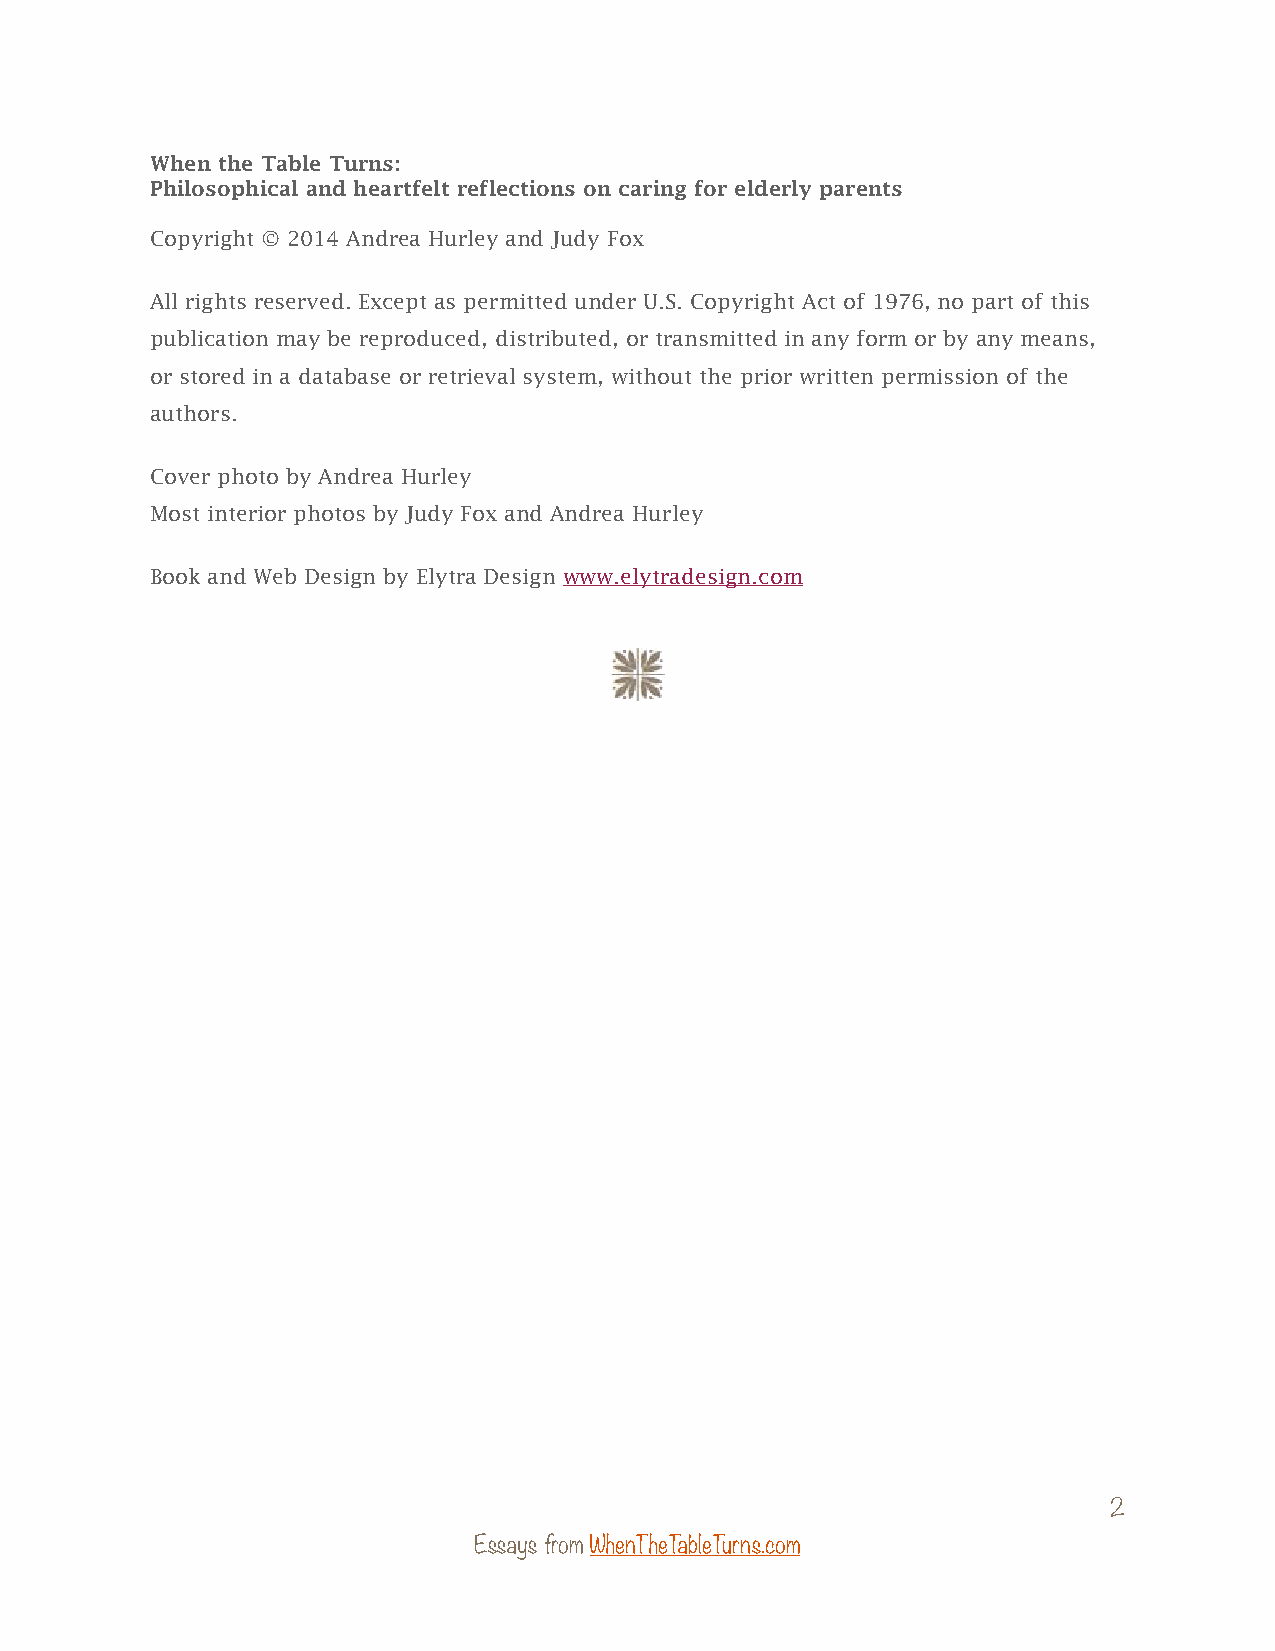
When the Table Turns:
 Philosophical and heartfelt reflections on caring for elderly parents
 Copyright © 2014 Andrea Hurley and Judy Fox
 All rights reserved. Except as permitted under U.S. Copyright Act of 1976, no part of this
 publication may be reproduced, distributed, or transmitted in any form or by any means,
 or stored in a database or retrieval system, without the prior written permission of the
 authors.
 Cover photo by Andrea Hurley
 Most interior photos by Judy Fox and Andrea Hurley
 Book and Web Design by Elytra Design www.elytradesign.com
 2
 Essays from WhenTheTableTurns.com